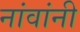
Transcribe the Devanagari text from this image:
नांवांनी